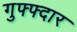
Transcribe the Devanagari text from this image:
गुफ्फ्दार